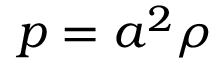
p = a ^ { 2 } \rho